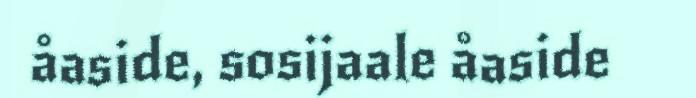
åaside, sosijaale åaside